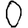
Digit: 0